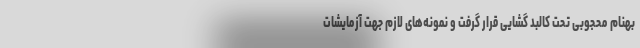
بهنام محجوبی تحت کالبد گشایی قرار گرفت و نمونه‌های لازم جهت آزمایشات